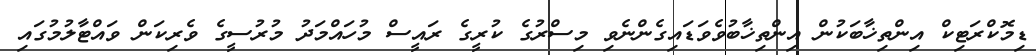
ޑިމޮކްރަޓިކް އިންތިޚާބަކުން އިންތިޚާބުވެވަޑައިގެންނެވި މިސްރުގެ ކުރީގެ ރައީސް މުހައްމަދު މުރުސީގެ ވެރިކަން ވައްޓާލުމުގައި